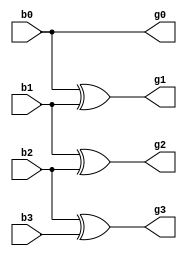
// Code for binary_to_gray
module binary_to_gray(
    input b0,b1,b2,b3,     
    output g0,g1,g2,g3    
    );
  xor (g1,b0,b1); 
  xor (g2,b1,b2); 
  xor (g3,b2,b3);
  buf (g0,b0);
endmodule